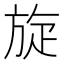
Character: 旋